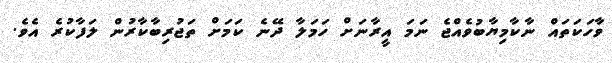
ވާހަކަތައް ނާކާމިޔާބުވެއްޖެ ނަމަ އީރާނަށް ހަމަލާ ދޭނެ ކަމަށް ތަޖުރިބާކާރުން ލަފާކުރެ އެވެ.